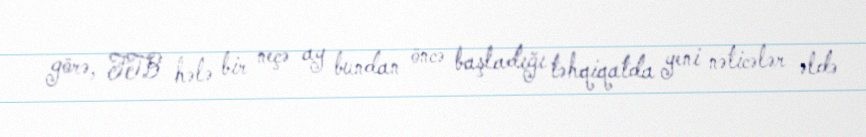
görə, FTB hələ bir neçə ay bundan öncə başladığı təhqiqatda yeni nəticələr əldə